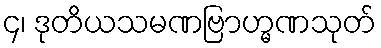
၄၊ ဒုတိယသမဏဗြာဟ္မဏသုတ်